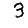
Digit: 3